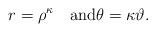
LaTeX: \begin{align*} r = \rho^\kappa\quad\mbox{and}\theta = \kappa\vartheta.\end{align*}